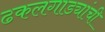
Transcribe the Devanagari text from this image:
ढकलगाड्यांची